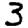
Digit: 3